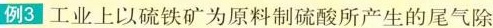
例3 工业上以硫铁矿为原料制硫酸所产生的尾气除